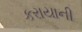
કરાયાની